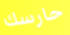
حارسك